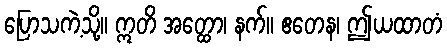
ပြောသကဲ့သို့။ ဣတိ အတ္ထော၊ နက်။ ဧတေန၊ ဤယထာတံ